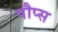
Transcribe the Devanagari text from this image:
पौप्स